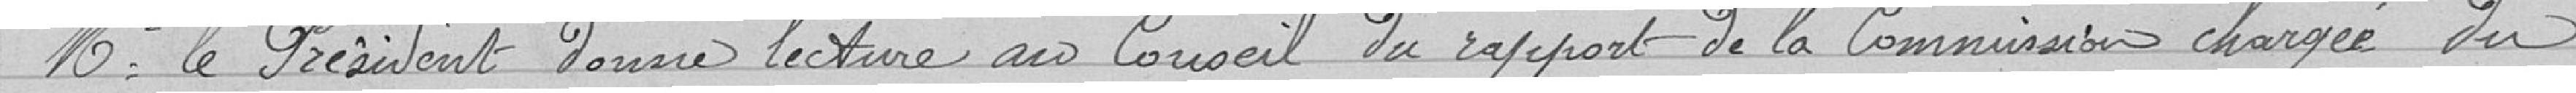
Mr le Président donne lecture au Conseil du rapport de Commission chargée du